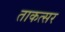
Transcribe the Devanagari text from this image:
ताकत्सर